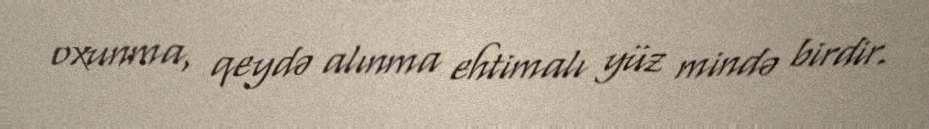
oxunma, qeydə alınma ehtimalı yüz mində birdir.